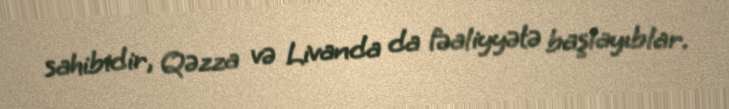
sahibidir, Qəzza və Livanda da fəaliyyətə başlayıblar.